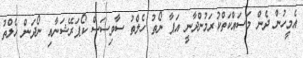
އެމީހުން ދެން މަސައްކަތްކުރަމުންދާނީ އަޕާ ނޯތު ހެލްތު ސާވިސަސް ކޯޕަރޭޝަނާއި ނޯދަން ހެލްތު